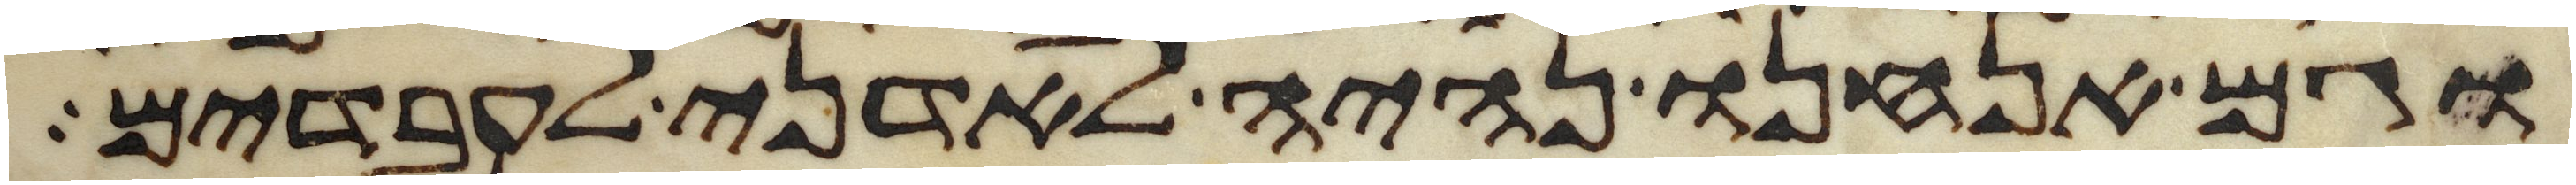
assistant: וגם אנחנו נהיה לאדני לעבדים